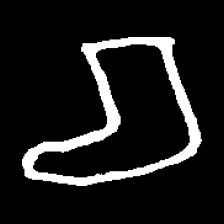
Pyu character \u2014 Myanmar letter: စ (romanized: ca)